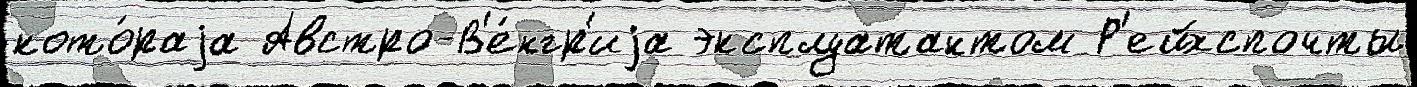
кото́раjа Австро-В'е́нгр'иjа эксплуатантом Р'ейхспочты